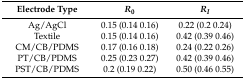
| Electrode Type | R0 | RI |
 | --- | --- | --- |
 | Ag/AgCl | 0.15 (0.14 0.16) | 0.22 (0.2 0.24) |
 | Textile | 0.15 (0.14 0.16) | 0.42 (0.39 0.46) |
 | CM/CB/PDMS | 0.17 (0.16 0.18) | 0.24 (0.22 0.26) |
 | PT/CB/PDMS | 0.25 (0.23 0.27) | 0.42 (0.39 0.46) |
 | PST/CB/PDMS | 0.2 (0.19 0.22) | 0.50 (0.46 0.55) |